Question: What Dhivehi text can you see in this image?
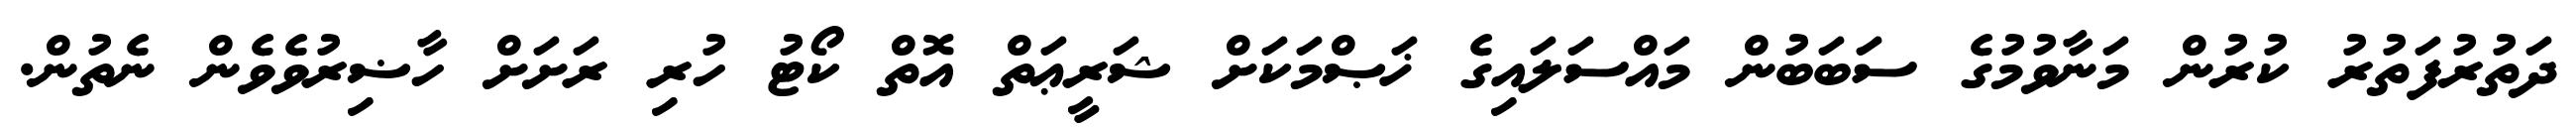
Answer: ދަތުރުފަތުރު ކުރުން މަނާވުމުގެ ސަބަބުން މައްސަލައިގެ ޚަޞްމަކަށް ޝަރީޢަތް އޮތް ކޯޓު ހުރި ރަށަށް ހާޟިރުވެވެން ނެތުން.